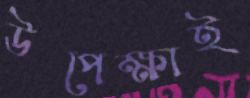
উপেক্ষাই